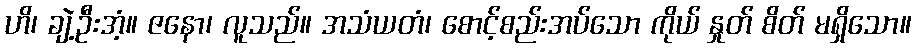
ဟိ၊ ချဲ့ဦးအံ့။ ဇနော၊ လူသည်။ အသံယတံ၊ စောင့်စည်းအပ်သော ကိုယ် နှုတ် စိတ် မရှိသော။